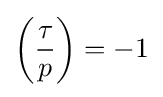
\left({\frac {\tau }{p}}\right)=-1